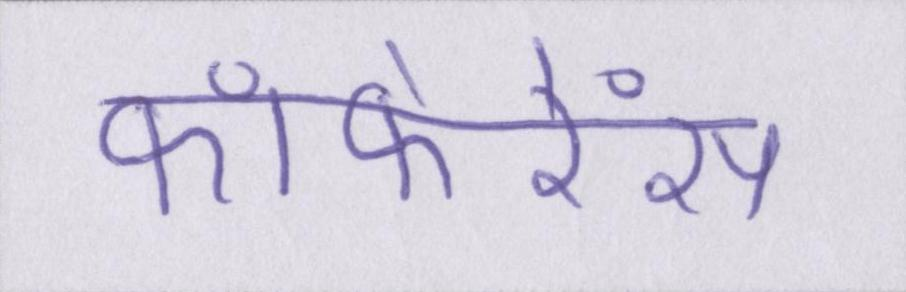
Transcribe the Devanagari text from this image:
कांफेरेंस